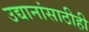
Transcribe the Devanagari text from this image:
उद्यानांसाठीही